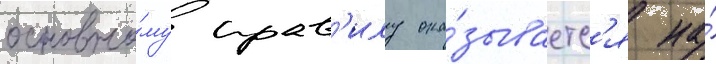
основно́му прав'илу ока́зываетс'я на́